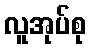
လူအုပ်စု